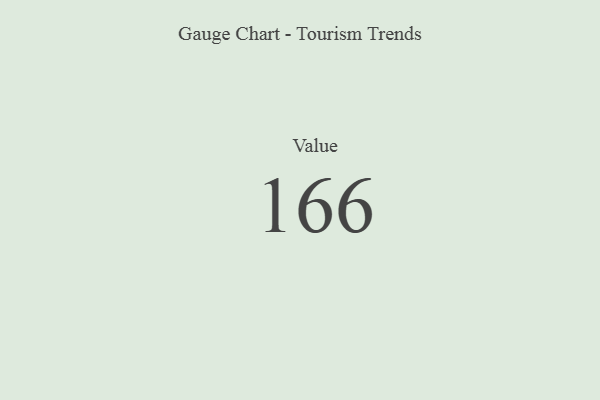
{"axis": {"x": "Metric", "y": "Value"}, "legend": [""], "data": [{"x": "Value", "y": 166, "type": ""}]}